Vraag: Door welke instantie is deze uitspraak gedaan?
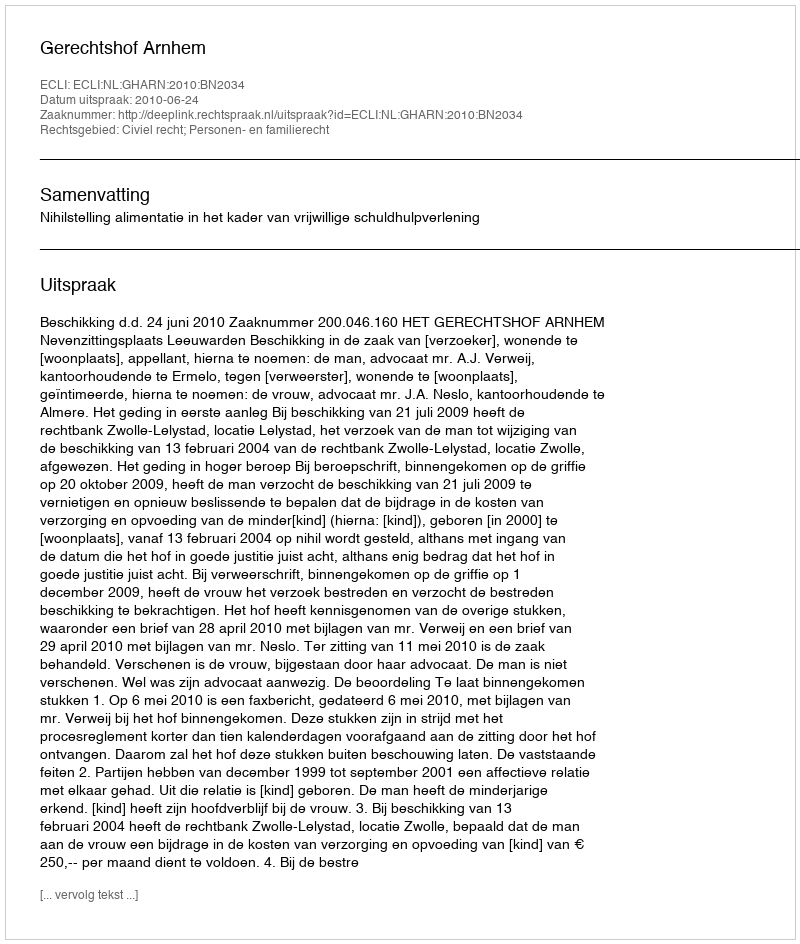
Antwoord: Gerechtshof Arnhem